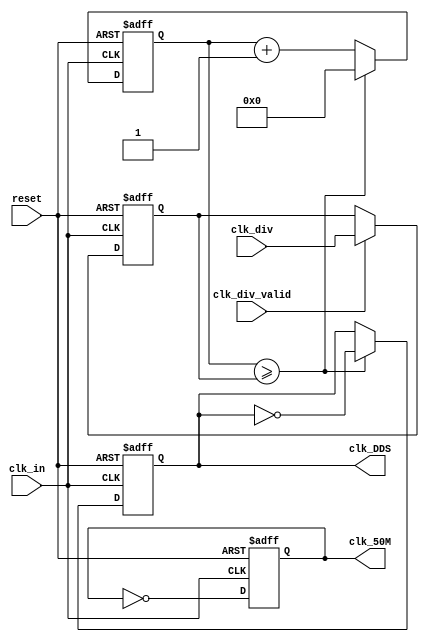
module clk_div(
    input           clk_in,
    input           reset,
    input   [17:0]  clk_div,
    input           clk_div_valid,
    output reg      clk_DDS,
    output reg      clk_50M
);

reg [17:0] cnt;
reg [17:0] clk_div_r;

always @(posedge clk_in or posedge reset) begin
    if (reset) begin
        clk_div_r <= 18'd4999;
    end
    else if (clk_div_valid) begin
        clk_div_r <= clk_div;
    end
end

always@(posedge clk_in or posedge reset) begin
    if(reset)
        clk_50M <= 1'b0;
    else
        clk_50M <= ~ clk_50M;
end

always@(posedge clk_in or posedge reset) begin
    if(reset) begin 
        cnt <= 17'b0;
        clk_DDS <= 1'b0;
    end
    else if(cnt >= clk_div_r) begin
        cnt <= 17'b0;
        clk_DDS <= ~ clk_DDS;
        end
    else
        cnt <= cnt + 1;
end


endmodule